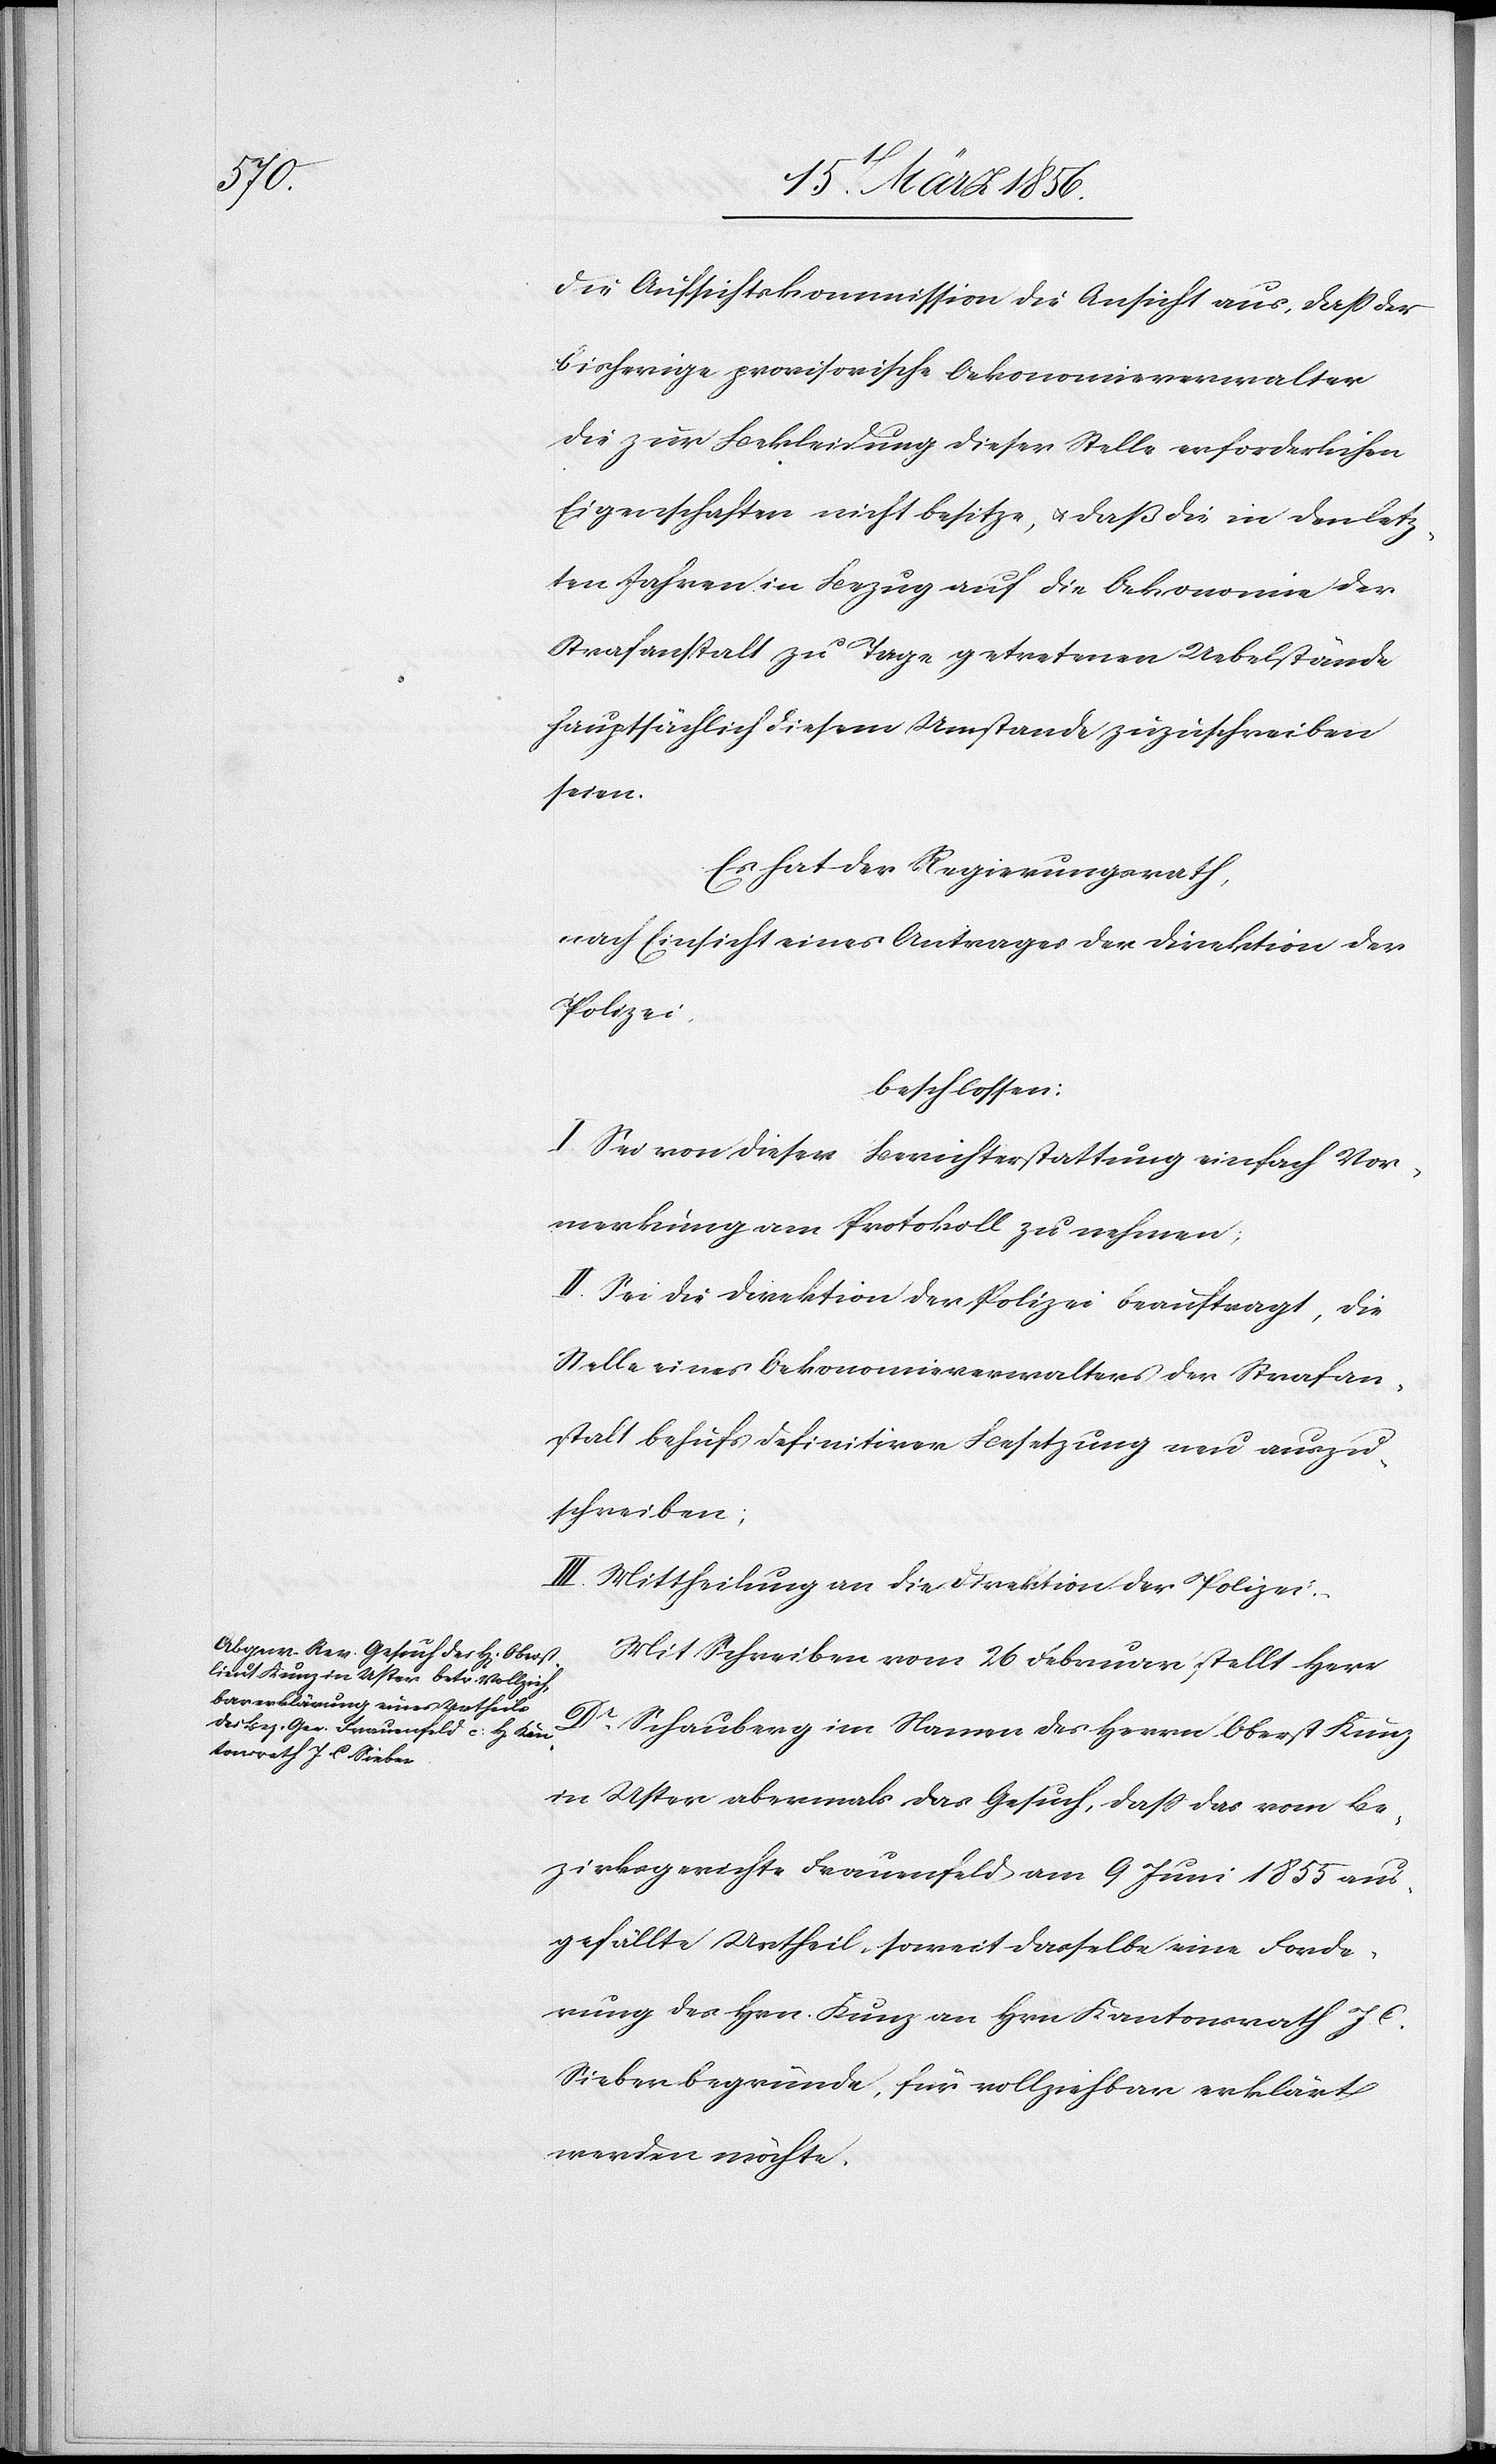
die Aufsichtskommission die Ansicht aus, daß der
bisherige provisorische Oekonomieverwalter
die zur Bekleidung dieser Stelle erforderlichen
Eigenschaften nicht besitze, u. daß die in den letz¬
ten Jahren in Bezug auf die Oekonomie der
Strafanstalt zu Tage getretenen Uebelstände
hauptsächlich diesem Umstande zuzuschreiben
seien.
Es hat der Regierungsrath,
nach Einsicht eines Antrages der Direktion der
Polizei,
beschlossen:
I. Sei von dieser Berichterstattung einfach Vor¬
merkung am Protokoll zu nehmen;
II. Sei die Direktion der Polizei beauftragt, die
Stelle eines Oekonomieverwalters der Strafan¬
stalt behufs definitiver Besetzung neu auszu¬
schreiben;
III. Mittheilung an die Direktion der Polizei.
Mit Schreiben vom 26 Februar stellt Herr
Dr Schauberg im Namen des Herrn Oberst Kunz
in Uster abermals das Gesuch, daß das vom Be¬
zirksgerichte Frauenfeld am 9 Juni 1855 aus¬
gefällte Urtheil, soweit dasselbe eine Forde¬
rung des Hrn. Kunz an Hrn Kantonsrath J. C.
Sieber begründe, für vollziehbar erklärt
werden möchte.